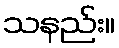
သနည်း။